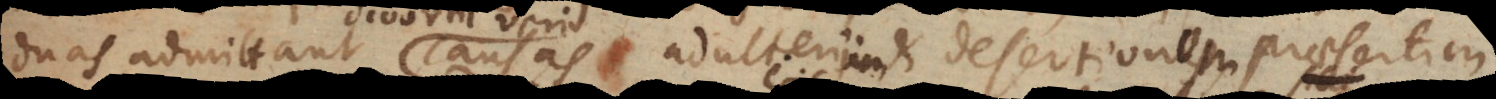
duas admittunt causas adulterium et desertionem, praesertim